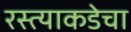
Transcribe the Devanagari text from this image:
रस्त्याकडेचा